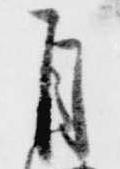
自